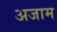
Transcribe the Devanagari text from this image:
अजाम